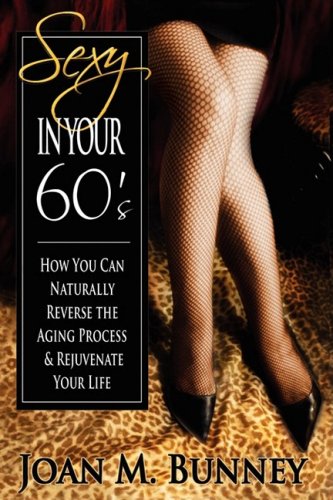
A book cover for Sexy In Your 60's; Joan M. Bunney; Health, Fitness & Dieting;